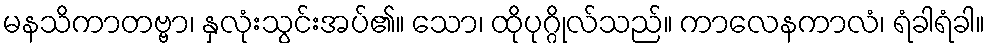
မနသိကာတဗ္ဗာ၊ နှလုံးသွင်းအပ်၏။ သော၊ ထိုပုဂ္ဂိုလ်သည်။ ကာလေနကာလံ၊ ရံခါရံခါ။